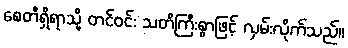
စေတီရှိရာသို့ တင်ဝင်း သတိကြီးစွာဖြင့် လှမ်းလိုက်သည်။